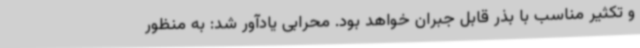
و تکثیر مناسب با بذر قابل جبران خواهد بود. محرابی یادآور شد: به منظور